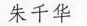
朱千华